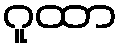
ဂူထာ